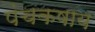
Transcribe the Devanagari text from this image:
पंचकषाय